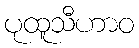
ပုထူသီဟာဝ